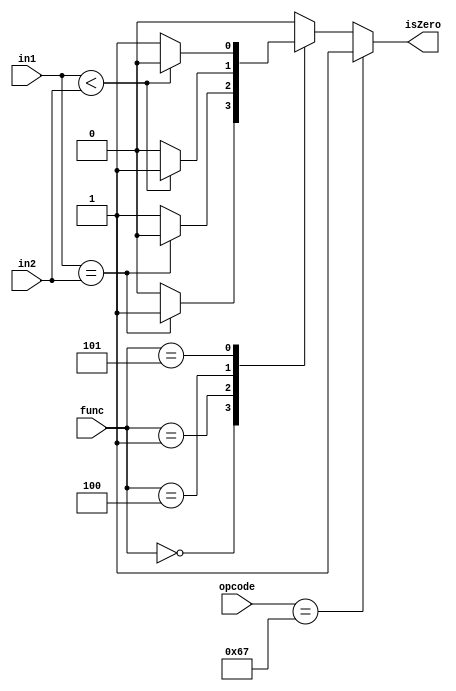
// Comparator
module Comparator 
(
    input       [6:0]           opcode,
    input       [3:0]           func,
    input       [31:0]          in1, in2,
    output reg                  isZero
);
    initial isZero = 1'b0;
    always @ (*) begin
        case (func)
                4'b0000: isZero = (in1==in2)?1'b1:1'b0; //SUB_BEQ
                4'b0001: isZero = (in1==in2)?1'b0:1'b1; //SUB_NEQ
                4'b0100: isZero = ($signed(in1) < $signed(in2))?1'b1:1'b0; //SUB_BLT
                4'b0101: isZero = ($signed(in1) < $signed(in2))?1'b0:1'b1; //SUB_BGE
                default: isZero = 1'b0;
        endcase
        if(opcode == 7'b1100111) isZero = 1'b1;
    end
endmodule